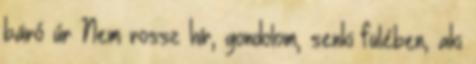
báró úr Nem rossz hír, gondolom, senki fülében, aki